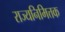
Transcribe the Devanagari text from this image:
राज्यनिमित्तक